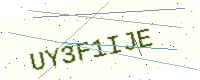
Text: UY3F1IJE